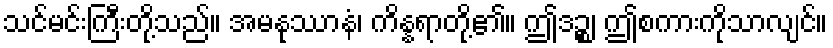
သင်မင်းကြီးတို့သည်။ အမနုဿာနံ၊ ကိန္နရာတို့၏။ ဤဒဉ္စ၊ ဤစကားကိုသာလျင်။